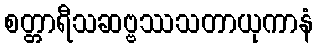
စတ္တာရီသဆဗ္ဗဿသတာယုကာနံ